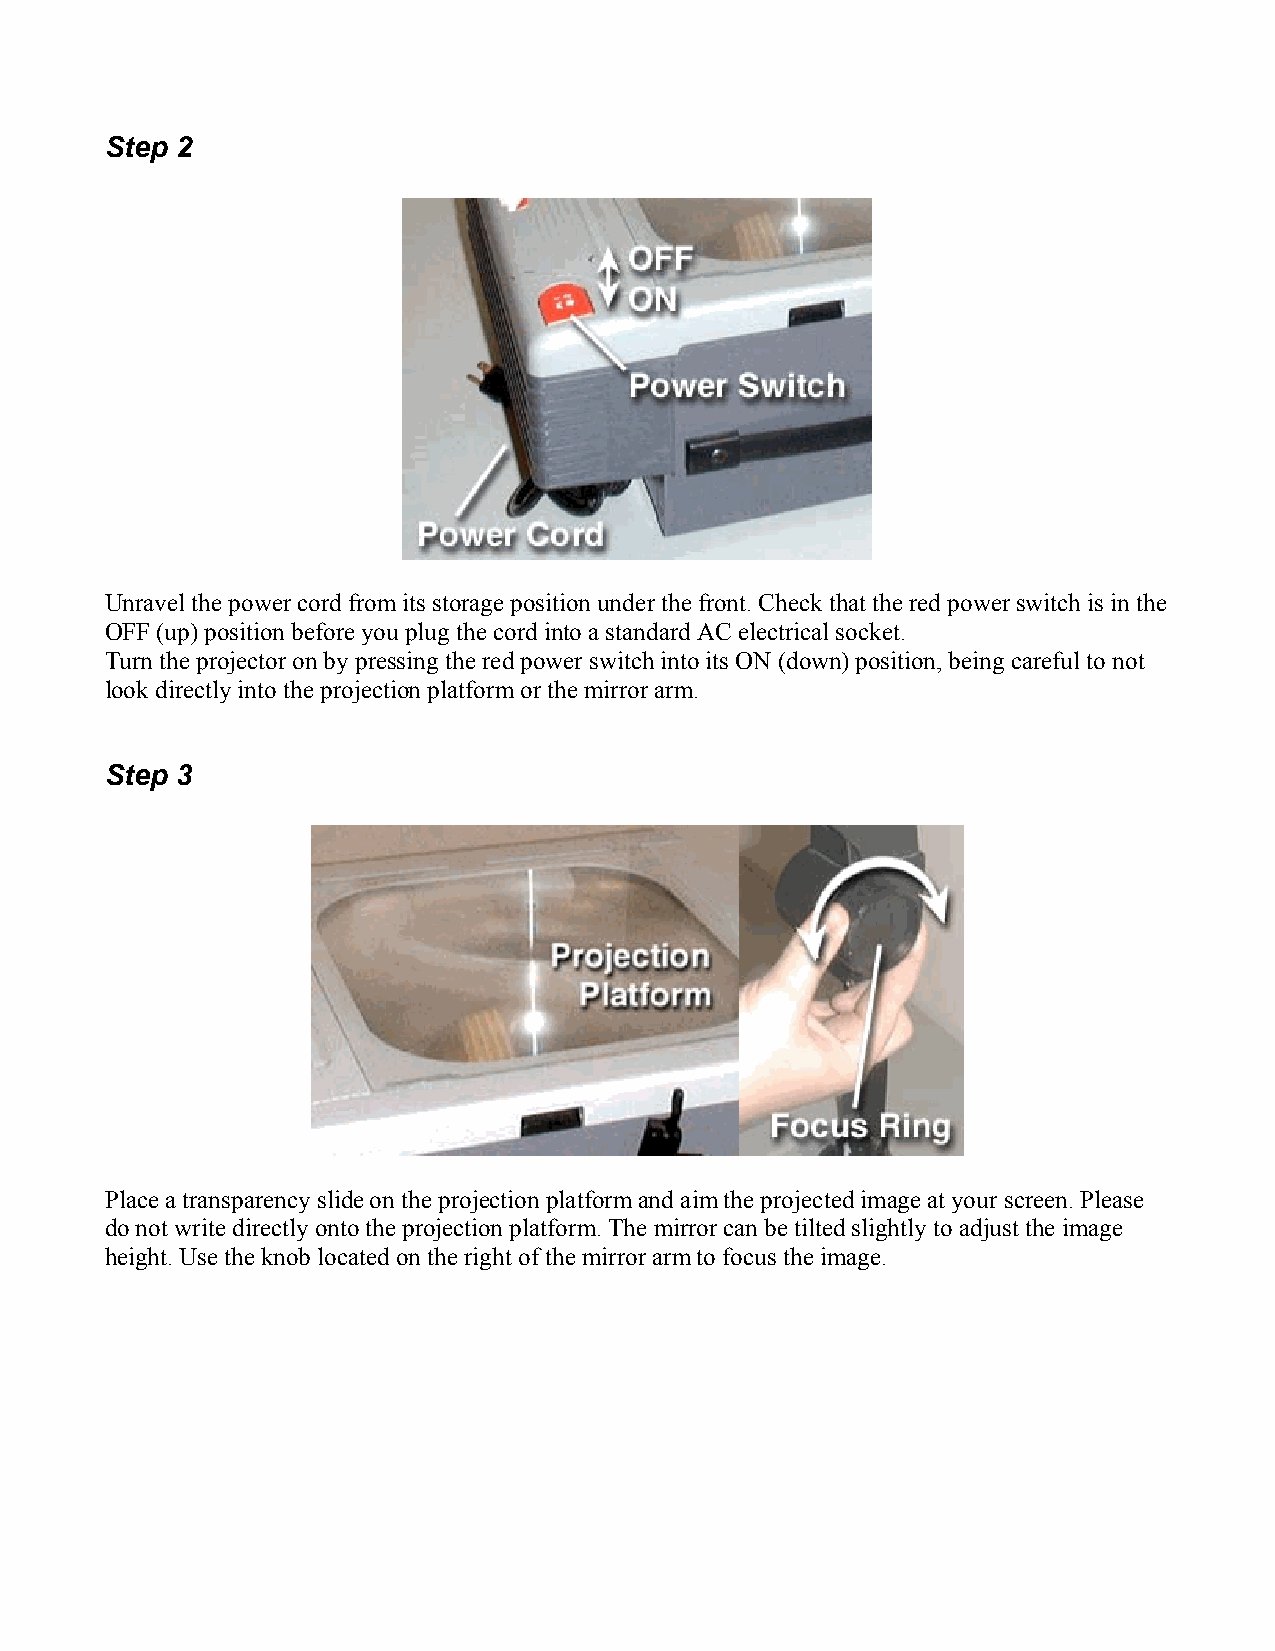
Step 2
 Unravel the power cord from its storage position under the front. Check that the red power switch is in the
 OFF (up) position before you plug the cord into a standard AC electrical socket.
 Turn the projector on by pressing the red power switch into its ON (down) position, being careful to not
 look directly into the projection platform or the mirror arm.
 Step 3
 Place a transparency slide on the projection platform and aim the projected image at your screen. Please
 do not write directly onto the projection platform. The mirror can be tilted slightly to adjust the image
 height. Use the knob located on the right of the mirror arm to focus the image.